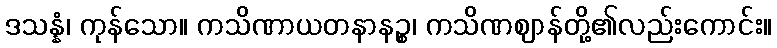
ဒသန္နံ၊ ကုန်သော။ ကသိဏာယတနာနဉ္စ၊ ကသိဏဈာန်တို့၏လည်းကောင်း။